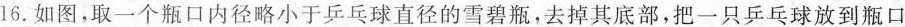
16.如图，取一个瓶口内径略小于乒乓球直径的雪碧瓶，去掉其底部，把一只乒乓球放到瓶口